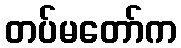
တပ်မတော်က